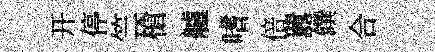
开停竺槍艫嗜倍囂饌合